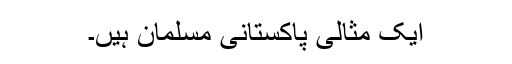
ایک مثالی پاکستانی مسلمان ہیں۔